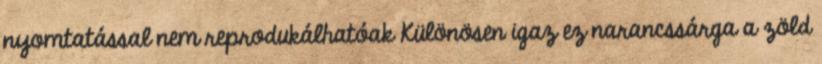
nyomtatással nem reprodukálhatóak Különösen igaz ez narancssárga a zöld